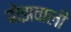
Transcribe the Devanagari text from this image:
बोझवाली